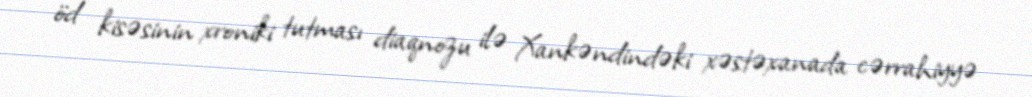
öd kisəsinin xroniki tutması diaqnozu ilə Xankəndindəki xəstəxanada cərrahiyyə